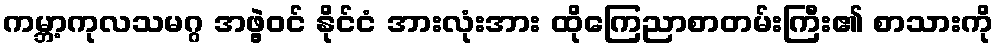
ကမ္ဘာ့ကုလသမဂ္ဂ အဖွဲ့ဝင် နိုင်ငံ အားလုံးအား ထိုကြေညာစာတမ်းကြီး၏ စာသားကို